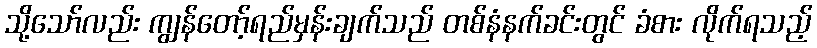
သို့သော်လည်း ကျွန်တော့်ရည်မှန်းချက်သည် တစ်နံနက်ခင်းတွင် ခံစား လိုက်ရသည့်